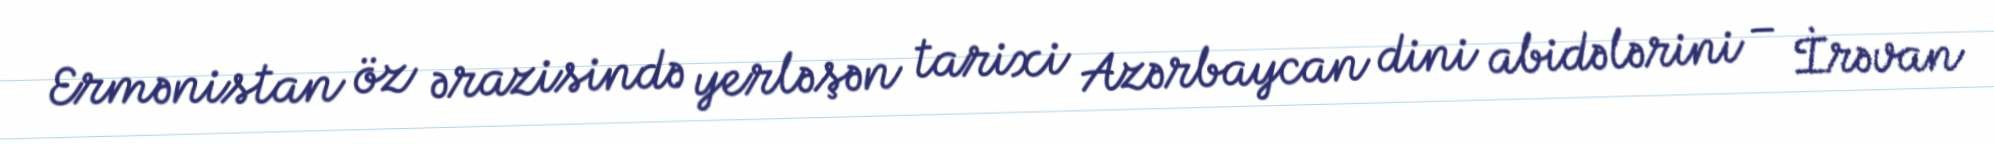
Ermənistan öz ərazisində yerləşən tarixi Azərbaycan dini abidələrini – İrəvan